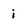
Character: i